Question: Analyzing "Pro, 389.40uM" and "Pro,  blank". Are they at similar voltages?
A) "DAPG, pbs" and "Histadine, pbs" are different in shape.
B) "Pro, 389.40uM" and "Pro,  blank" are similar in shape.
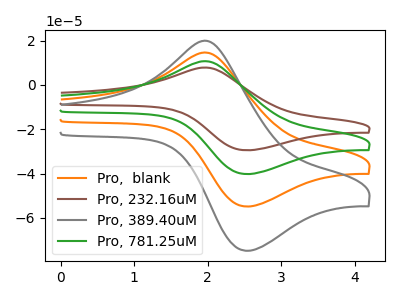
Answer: <think>The orange curve "Pro,  blank" has an anodic peak at (2.00V, 14.40uA) and a cathodic peak at (2.50V, -54.85uA). The brown curve "Pro, 232.16uM" has an anodic peak at (2.00V, 43.25uA) and a cathodic peak at (2.50V, -164.50uA). The gray curve "Pro, 389.40uM" has an anodic peak at (2.00V, 19.65uA) and a cathodic peak at (2.50V, -74.80uA). The green curve "Pro, 781.25uM" has an anodic peak at (2.00V, 28.85uA) and a cathodic peak at (2.50V, -109.65uA).
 All the peaks in "Pro, 389.40uM" have a peak in "Pro,  blank" at the same potential. Every peak in "Pro, 389.40uM" is higher than every peak in "Pro,  blank".</think>
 <answer>B) "Pro, 389.40uM" and "Pro,  blank" are similar in shape.</answer>
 <eval>B</eval>